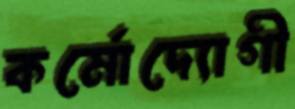
কর্মোদ্যোগী